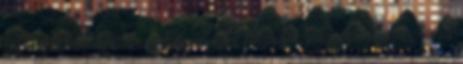
fel a primer-köri termálvíz, amely folyadék forráspontja a víznél